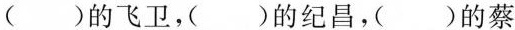
( )的飞卫， ()的纪昌，( )的蔡